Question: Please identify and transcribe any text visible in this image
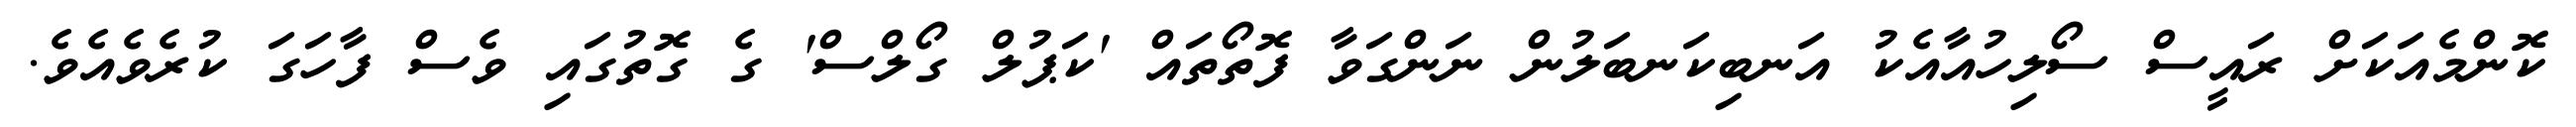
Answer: ކޮންމެއަކަށް ރައީސް ސޯލިހުއާއެކު އަނބިކަނބަލުން ނަންގަވާ ފޮތޯތައް 'ކަޕުލް ގޯލްސް' ގެ ގޮތުގައި ވެސް ފާހަގަ ކުރެވެއެވެ.